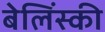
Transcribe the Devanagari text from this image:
बेलिंस्की